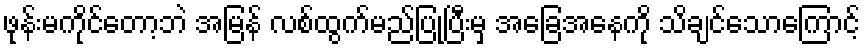
ဖုန်းမကိုင်တော့ဘဲ အမြန် လစ်ထွက်မည်ပြုပြီးမှ အခြေအနေကို သိချင်သောကြောင့်